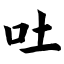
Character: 吐